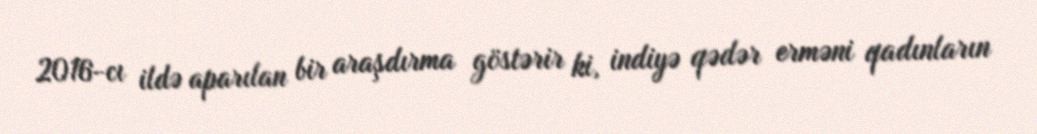
2016-cı ildə aparılan bir araşdırma göstərir ki, indiyə qədər erməni qadınların